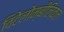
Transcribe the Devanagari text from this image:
विटेलोम्बीलिकल